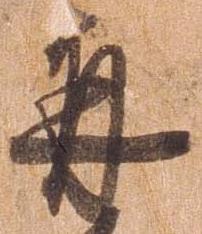
并